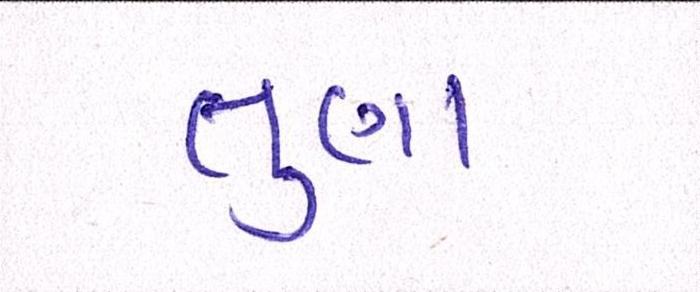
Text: તુણા